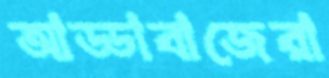
আড্ডাবাজেরা